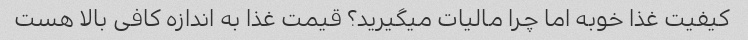
کیفیت غذا خوبه اما چرا مالیات میگیرید؟ قیمت غذا به اندازه کافی بالا هست